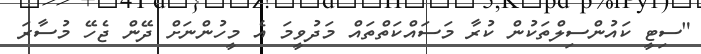
"ސިޓީ ކައުންސިލްތަކުން ކުރާ މަސައްކަތްތައް މަދުވީމަ އެ މީހުންނަށް ދޭން ޖެހޭ މުސާރަ